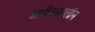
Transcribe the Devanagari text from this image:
अतीतकालीन